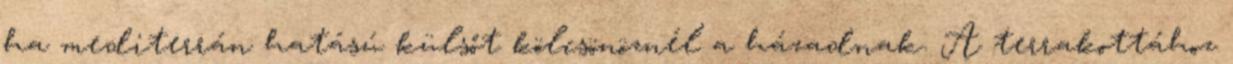
ha mediterrán hatású külsőt kölcsönöznél a házadnak. A terrakottához